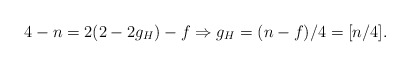
\begin{align*}4-n = 2(2-2g_H) - f\Rightarrow g_H= (n-f)/4 = [n/4].\end{align*}